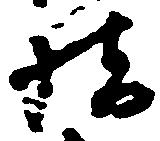
橋